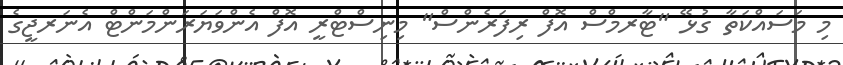
މި މަސައްކަތާ ގުޅޭ "ޓާރމްސް އޮފް ރިފަރެންސް" މިނިސްޓްރީ އޮފް އެންވަޔަރަންމަންޓް އެނަރޖީގެ